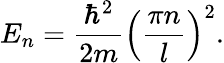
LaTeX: E_{n}=\frac{\hbar^{2}}{2m}\left(\frac{\pi n}{l}\right)^{2}.